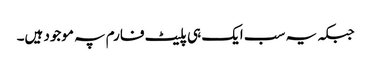
جبکہ یہ سب ایک ہی پلیٹ فارم پہ موجود ہیں۔